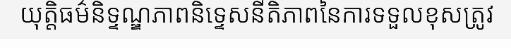
យុត្តិធម៌និទ្ទណ្ឌភាពនិទ្ទេសនីតិភាពនៃការទទួលខុសត្រូវ